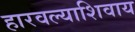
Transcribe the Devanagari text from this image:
हारवल्याशिवाय